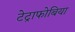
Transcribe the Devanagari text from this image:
टेट्राफोबिया